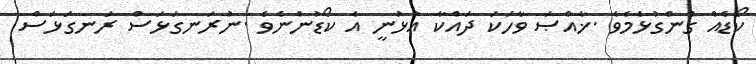
ކޯޑެއް ގެންގުޅެމެވެ .ޚާއްޞަ ވާހަކަ ދައްކާ އުޅުނީ އެ ކޯޑުންނެވެ .ނުރަނގަޅަސް ރަނގަޅަސް